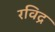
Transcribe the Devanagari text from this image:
रविद्र